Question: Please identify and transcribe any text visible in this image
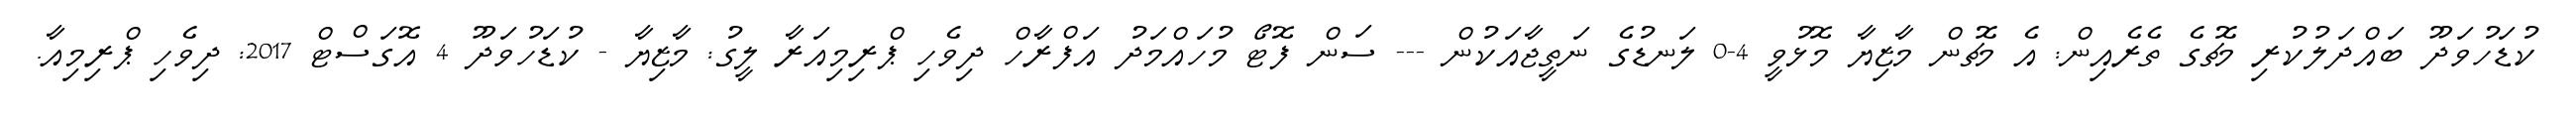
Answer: ކުޑަހުވަދޫ ބައްދަލުކުރި މެޗުގެ ތެރެއިން: އެ މެޗުން މާޒިޔާ މޮޅުވީ 4-0 ލަނޑުގެ ނަތީޖާއަކުން --- ސަން ފޮޓޯ މުހައްމަދު އަފްރާހް ދިވެހި ޕްރިމިއަރާ ލީގު: މާޒިޔާ - ކުޑަހުވަދޫ 4 އޮގަސްޓް 2017: ދިވެހި ޕްރިމިއާ.